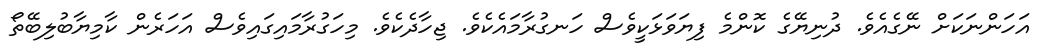
އަހަންނަކަށް ނޭގެއެވެ. ދުނިޔޭގެ ކޮންމެ ފިޔަވަޅަކީވެސް ހަނގުރާމައެކެވެ. ޖިހާދެކެވެ. މިހަގުރާމައިގައިވެސް އަހަރެން ކާމިޔާބުލިބޭތޯ